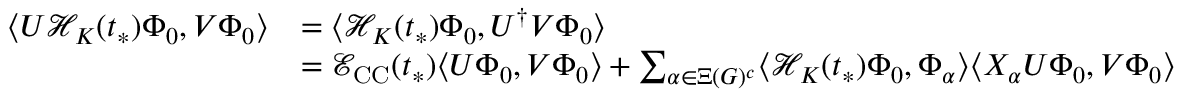
\begin{array} { r l } { \langle U \mathcal { H } _ { K } ( t _ { * } ) \Phi _ { 0 } , V \Phi _ { 0 } \rangle } & { = \langle \mathcal { H } _ { K } ( t _ { * } ) \Phi _ { 0 } , U ^ { \dag } V \Phi _ { 0 } \rangle } \\ & { = \mathcal { E } _ { \mathrm { C C } } ( t _ { * } ) \langle U \Phi _ { 0 } , V \Phi _ { 0 } \rangle + \sum _ { \alpha \in \Xi ( G ) ^ { c } } \langle \mathcal { H } _ { K } ( t _ { * } ) \Phi _ { 0 } , \Phi _ { \alpha } \rangle \langle X _ { \alpha } U \Phi _ { 0 } , V \Phi _ { 0 } \rangle } \end{array}